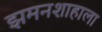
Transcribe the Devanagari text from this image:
झमनशाहाला